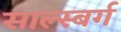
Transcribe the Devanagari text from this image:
साल्स्बर्ग